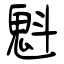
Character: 魁